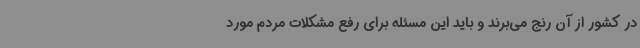
در کشور از آن رنج می‌برند و باید این مسئله برای رفع مشکلات مردم مورد